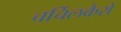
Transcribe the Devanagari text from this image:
चर्चिलकैरो